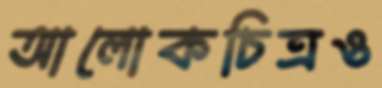
আলোকচিত্রও